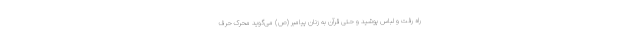
راه رفت و لباس پوشید و حتی قرآن به زنان پیامبر (ص) می‌گوید محرک حرف